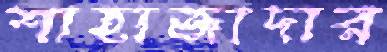
শাহাজাদার